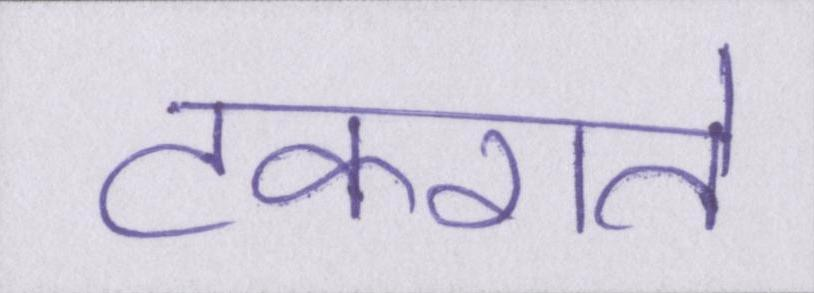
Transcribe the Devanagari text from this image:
टकराते